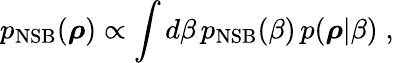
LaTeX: {p}_{\mathrm{NSB}}(\boldsymbol{\rho})\propto\int d\beta\, {p}_{\mathrm{NSB}}(\beta)\, {p}(\boldsymbol{\rho}|\beta)\; ,